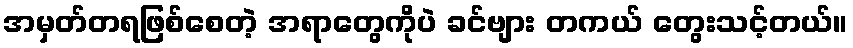
အမှတ်တရဖြစ်စေတဲ့ အရာတွေကိုပဲ ခင်ဗျား တကယ် တွေးသင့်တယ်။